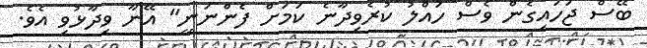
ބޭސް ޖަހައިގެން ވެސް ހައްލު ކުރެވިދާނެ ކަމަށް ފެންނަނީ" އޭނާ ވިދާޅުވި އެވެ.